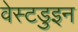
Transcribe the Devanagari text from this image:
वेस्टडुइन